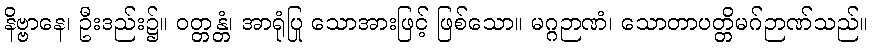
နိဗ္ဗာနေ၊ ဦးဒည်း၌။ ဝတ္တန္တံ၊ အာရုံပြု သောအားဖြင့် ဖြစ်သော။ မဂ္ဂဉာဏံ၊ သောတာပတ္တိမဂ်ဉာဏ်သည်။